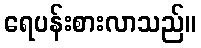
ရေပန်းစားလာသည်။